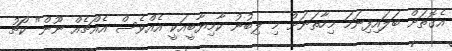
އެގޮތަށް ބަލައިފިނަމަ މިހާތަނަށް މި ލިބުނު ކާމިޔާބީއަކީ އެއްވެސް އެއްޗެއް ނޫން" ކޯޗު